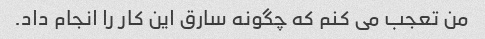
من تعجب می کنم که چگونه سارق این کار را انجام داد.